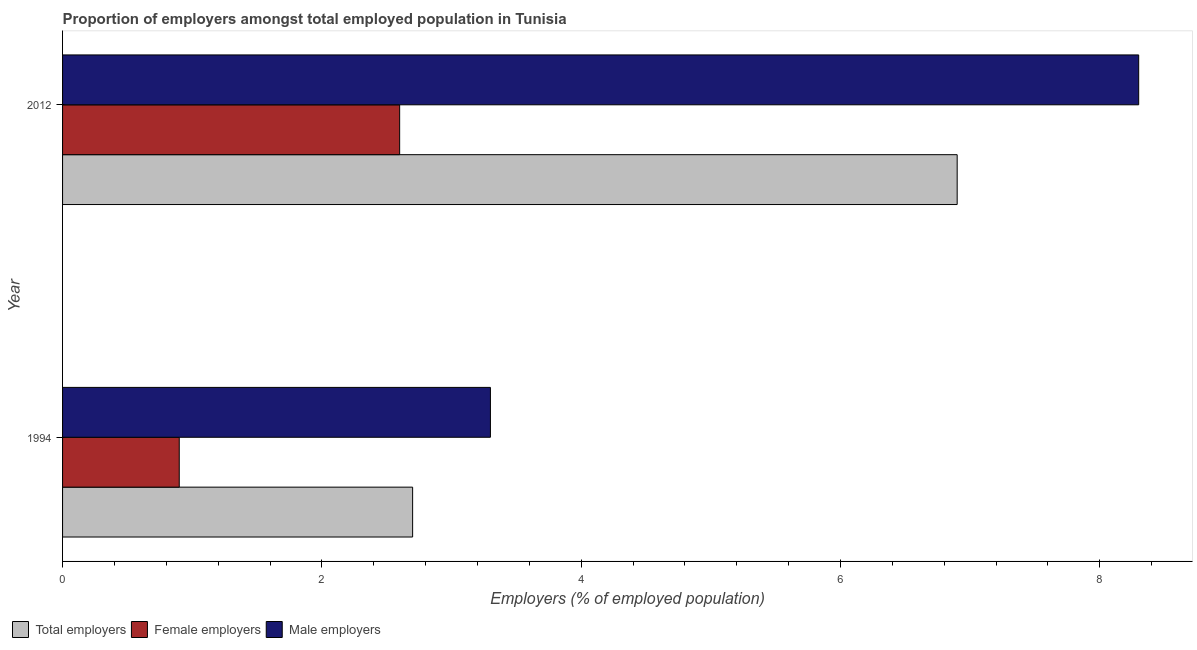
| Year | Total employers | Female employers | Male employers |
 | --- | --- | --- | --- |
 | 1994 | 2.7 | 0.9 | 3.3 |
 | 2012 | 6.9 | 2.6 | 8.3 |